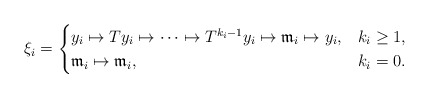
\begin{align*} \xi_i=\begin{cases} y_i\mapsto Ty_i\mapsto \cdots\mapsto T^{k_i-1}y_i\mapsto \mathfrak{m}_i\mapsto y_i,& k_i\geq 1,\\ \mathfrak{m}_i\mapsto \mathfrak{m}_i,& k_i=0. \end{cases}\end{align*}